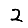
Digit: 2